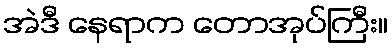
အဲဒီ နေရာက တောအုပ်ကြီး။